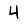
Digit: 4